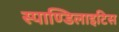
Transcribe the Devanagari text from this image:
स्पाण्डिलाइटिस